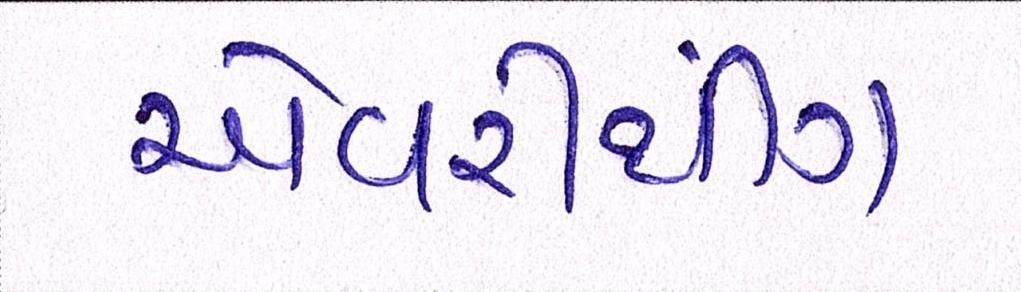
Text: એવરીથીંગ